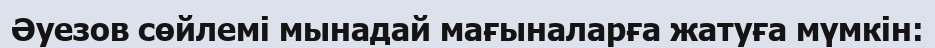
Әуезов сөйлемі мынадай мағыналарға жатуға мүмкін: